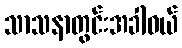
သာသနာတွင်းအခါဝယ်